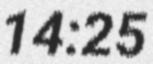
14:25